Leaving Certificate Examination, 1907
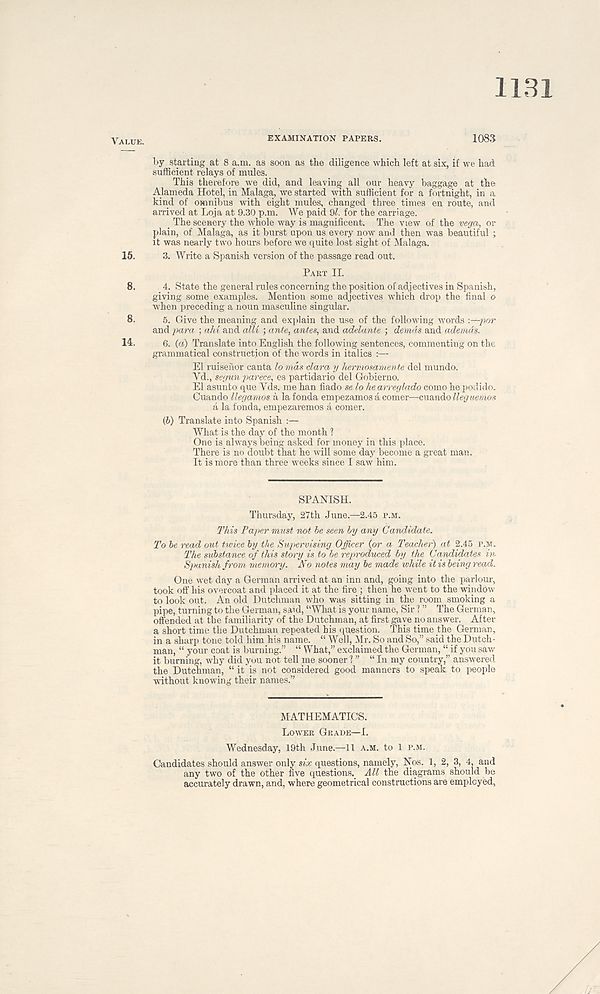
1131
Value.
examination papers.
1083
by starting at 8 a.m. as soon as the diligence which left at six, if we had
sufficient relays of mules.
This therefore we did, and leaving all our heavy baggage at the
Alameda Hotel, in Malaga, we started with sufficient for a fortnight, in a
kind of omnibus with eight mules, changed three times en route, and
arrived at Loja at 9.30 p.m. We paid Ql. for the carriage.
The scenery the whole way is magnificent. The view of the vega, or
plain, of Malaga, as it burst upon us every now and then was beautiful ;
it was nearly two hours before ive quite lost sight of Malaga.
15. 3. Write a Spanish version of the passage read out.
Part II.
8. 4. State the general rules concerning the position of adjectives in Spanish,
giving some examples. Mention some adjectives which drop the final o
when preceding a noun masculine singular.
8. 5. Give the meaning and explain the use of the following words -.—por
and para ; ahi and alii ; ante, antes, and adelante ; demds and ademds.
14. 6. (a) Translate into English the following sentences, commenting on the
grammatical construction of the words in italics :—
El ruisehor canta lo mds clara y hermosamente del mundo.
Yd., segunparece, es partidario del Gobierno.
El asunto que Yds. me han fiado se lo he arreglado como he podido.
Cuando llegamos a la fonda empezamos a comer—cuando lleguemos
a la fonda, empezaremos a comer.
(h) Translate into Spanish :—
What is the day of the month 1
One is always being asked for money in this place.
There is no doubt that he will some day become a great man.
It is more than three weeks since I saw him.
SPANISH.
Thursday, 27th June.—2.45 p.m.
This Paper must not be seen by any Candidate.
To be read out twice by the Supervising Officer {or a Teacher) at 2.45 p.m.
The substance of this story is to be reproduced by the Candidates in
Spanish from memory. No notes may be made while it is being read.
One wet day a German arrived at an inn and, going into the parlour,
took off his overcoat and placed it at the fire ; then he went to the window
to look out. An old Dutchman who was sitting in the room smoking a
pipe, turning to the German, said, “What is your name, Sir ? ” The German,
offended at the familiarity of the Dutchman, at first gave no answer. After
a short time the Dutchman repeated bis question. This time the German,
in a sharp tone told him his name. “ Well, Mr. So and So,” said the Dutch-
man, “ your coat is burning.” “ What,” exclaimed the German, “ if you saw
it burning, why did you not tell me sooner 1 ” “ In my country,” answered
the Dutchman, “ it is not considered good manners to speak to people
without knowing their names.”
MATHEMATICS.
Lower Grade—I.
Wednesday, 19th June.—11 a.m. to 1 p.m.
Candidates should answer only six questions, namely, Nos. 1, 2, 3, 4, and
any two of the other five questions. All the diagrams should be
accurately drawn, and, where geometrical constructions are employed,